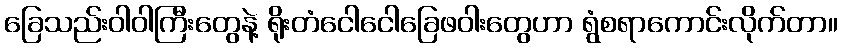
ခြေသည်းဝါဝါကြီးတွေနဲ့ ရိုးတံငေါငေါခြေဖဝါးတွေဟာ ရွံစရာကောင်းလိုက်တာ။